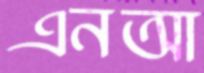
এনআ